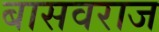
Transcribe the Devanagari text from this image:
बासवराज